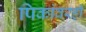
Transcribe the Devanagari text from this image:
पिकांवरही